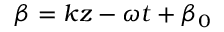
\beta = k z - \omega t + \beta _ { 0 }